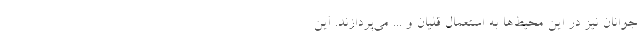
جوانان نیز در این محیط‌ها به استعمال قلیان و ... می‌پردازند. این